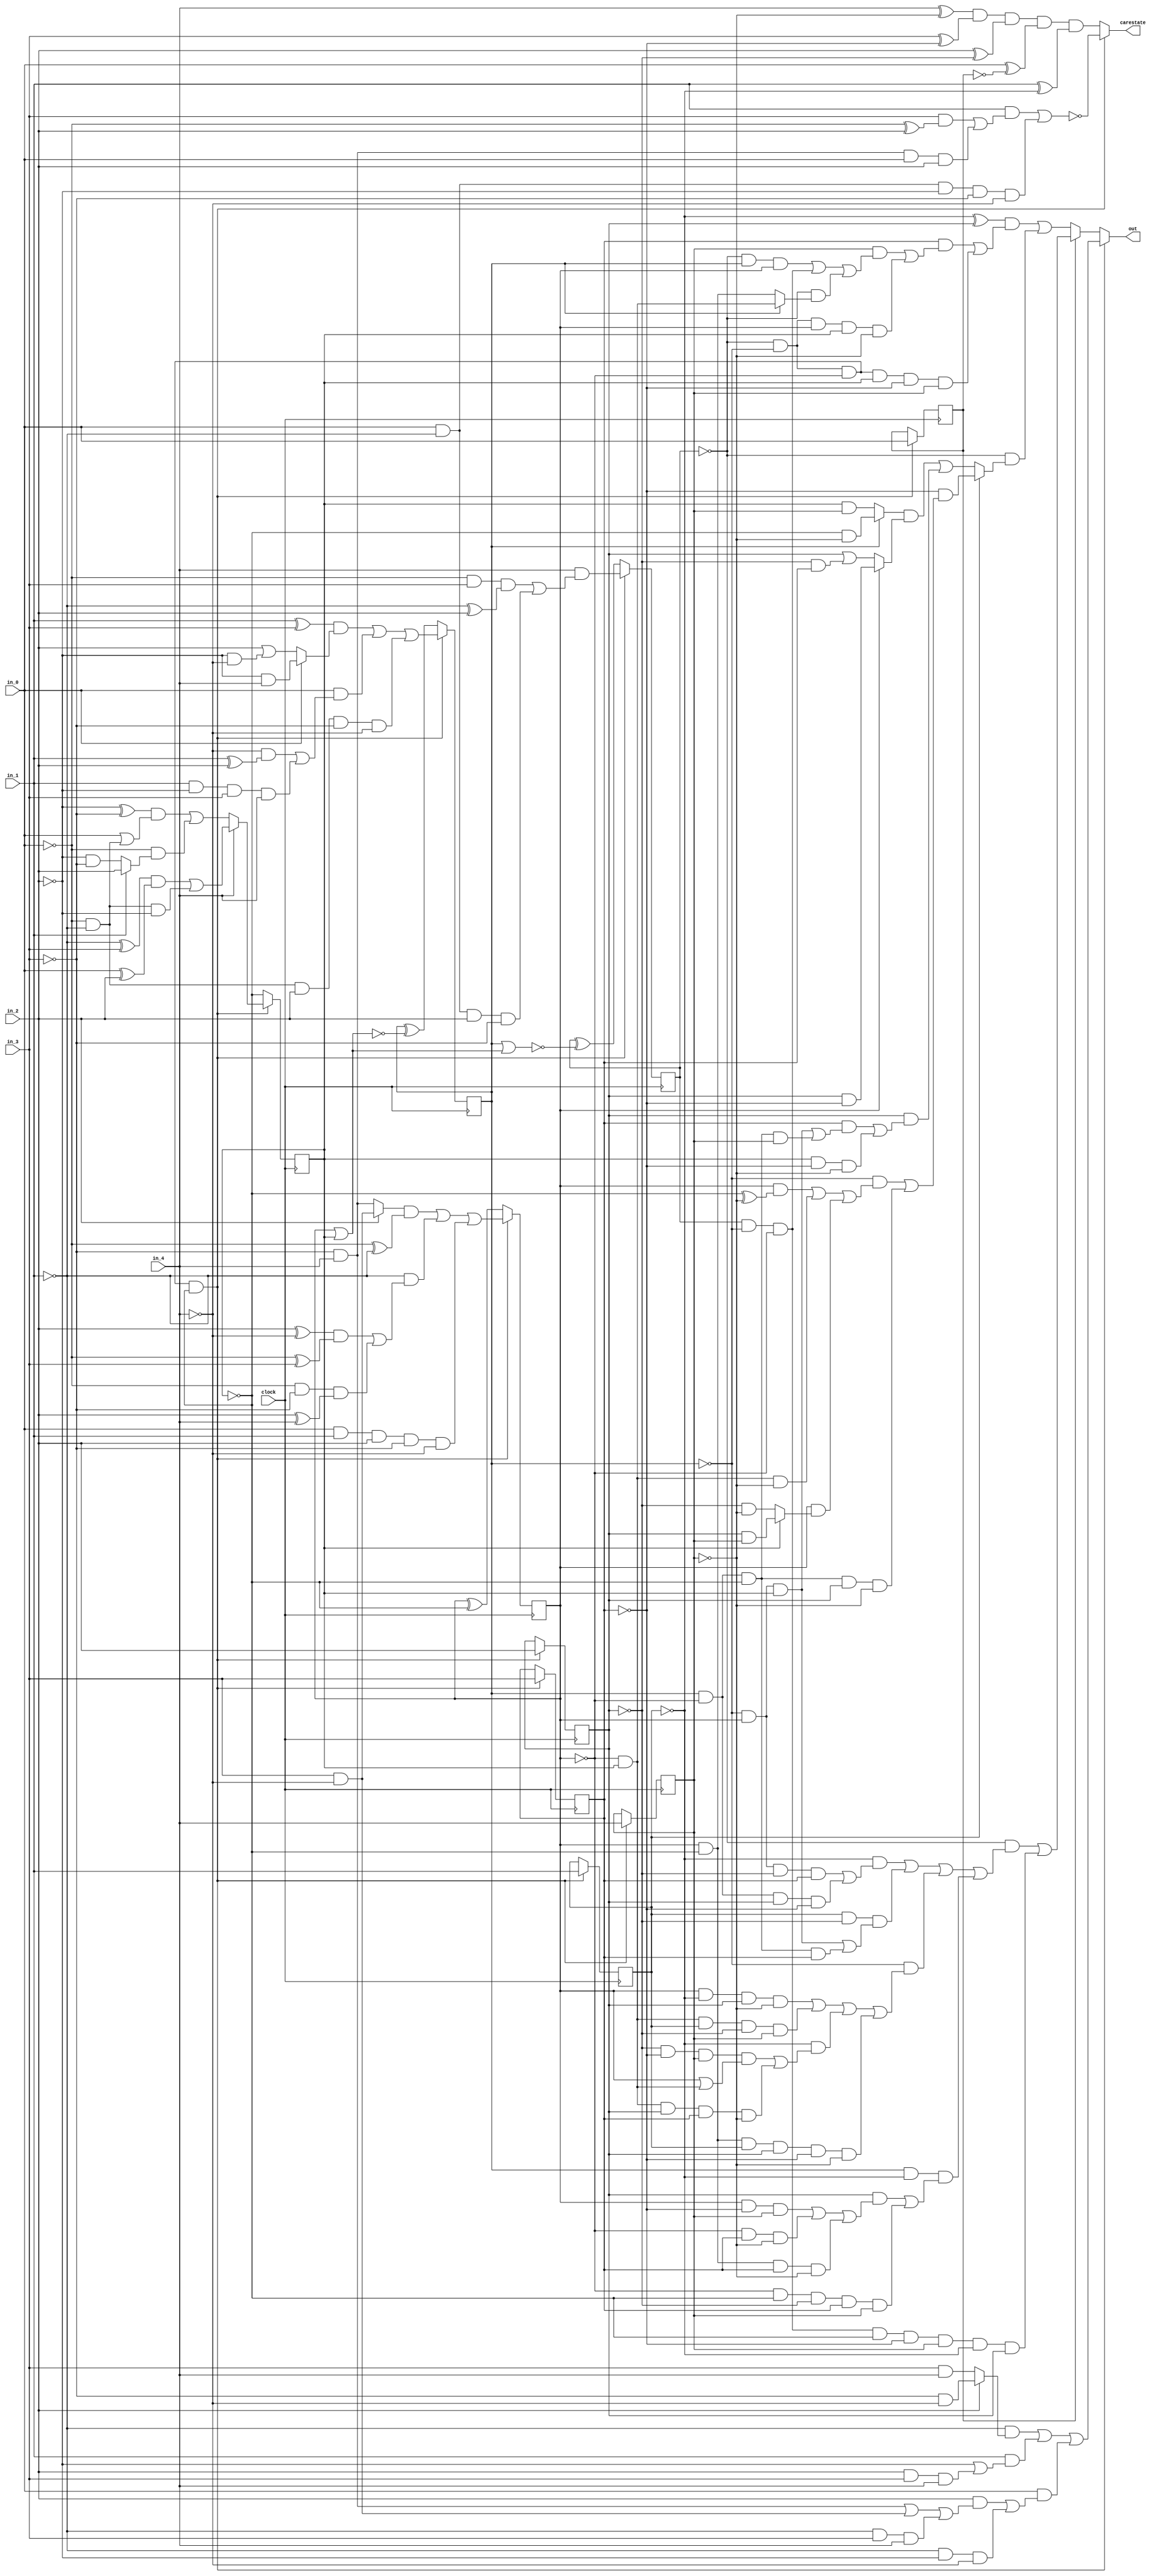
// Benchmark "Huffman_alphabet_5" written by ABC on Fri Nov 21 17:26:14 2014

module Huffman_alphabet_5 ( clock, 
    in_0 , in_1 , in_2 , in_3 , in_4 ,
    carestate, out  );
  input  clock;
  input  in_0 , in_1 , in_2 , in_3 , in_4 ;
  output carestate, out;
  reg reg_0 , reg_1 , reg_2 , reg_3 , reg_4 , counter_0 ,
    counter_1 , counter_2 , counter_3 ;
  wire n35, n41_1, n42, n43, n44, n45, n46_1, n47, n48, n49, n50, n51_1, n52,
    n57, n58, n59, n60, n61, n62, n63, n65, n66, n16, n21, n26, n31, n36,
    n41, n46, n51, n56;
  assign n35 = ~counter_0  & ~counter_1  & ~counter_2  & ~counter_3 ;
  assign n16 = n35 ? in_0  : reg_0 ;
  assign n21 = n35 ? in_1  : reg_1 ;
  assign n26 = n35 ? in_2  : reg_2 ;
  assign n31 = n35 ? in_3  : reg_3 ;
  assign n36 = n35 ? in_4  : reg_4 ;
  assign n41_1 = in_4  & ((~in_0  & in_3  & (~in_1  ^ in_2 )) | (in_0  & ~in_1  & in_2  & ~in_3 ));
  assign n42 = ((in_1  ^ in_3 ) & (in_0  ? (~in_2  & in_4 ) : (in_2  | (~in_2  & ~in_4 )))) | (in_0  & ((~in_4  & (in_1  ^ in_2 )) | (in_1  & ~in_2  & in_3  & in_4 ))) | (~in_0  & ~in_1  & in_2  & ~in_3  & ~in_4 );
  assign n43 = ((in_2  ? (in_3  & ~in_4 ) : (~in_3  & in_4 )) & (~in_0  ^ ~in_1 )) | (~in_1  & (((in_2  ^ ~in_4 ) & (~in_0  ^ in_3 )) | (~in_0  & ~in_3  & (in_2  ^ in_4 )))) | (in_0  & in_1  & in_2  & ~in_3  & ~in_4 );
  assign n44 = in_4  ? (((~in_1  ^ in_3 ) & (in_0  ^ in_2 )) | (~in_0  & ~in_1  & ~in_2 )) : (((~in_2  ^ ~in_3 ) & (in_0  | (~in_0  & ~in_1 ))) | (~in_0  & (in_1  ? in_2  : (~in_2  & ~in_3 ))));
  assign n45 = 1'b0;
  assign n46_1 = counter_3  | n45;
  assign n47 = counter_2  | n46_1;
  assign n48 = counter_1  | n47;
  assign n49 = counter_0  ^ ~n48;
  assign n50 = counter_1  ^ ~n47;
  assign n51_1 = counter_2  ^ ~n46_1;
  assign n52 = counter_3  ^ ~n45;
  assign n41 = n35 ? n41_1 : n49;
  assign n46 = n35 ? n42 : n50;
  assign n51 = n35 ? n43 : n51_1;
  assign n56 = n35 ? n44 : n52;
  assign n57 = in_0  ^ ~reg_0 ;
  assign n58 = in_1  ^ ~reg_1 ;
  assign n59 = in_2  ^ ~reg_2 ;
  assign n60 = in_3  ^ ~reg_3 ;
  assign n61 = in_4  ^ ~reg_4 ;
  assign n62 = n61 & n60 & n59 & n57 & n58;
  assign n63 = (in_1  & ((in_3  & (~in_0  ^ in_2 )) | (~in_3  & in_4  & in_0  & in_2 ))) | (in_0  & ~in_1  & ~in_2  & ~in_3  & ~in_4 );
  assign carestate = n35 ? ~n63 : n62;
  assign n65 = (~in_1  & (in_2  ? (~in_3  & ~in_4 ) : (in_3  & in_4 ))) | (in_1  & (~in_2  | (in_2  & in_3  & in_4 ))) | (in_0  & ((in_2  & ((~in_3  & in_4 ) | (in_3  & ~in_4 ) | (~in_1  & in_3  & in_4 ))) | (~in_1  & ~in_2  & ~in_4 )));
  assign n66 = reg_0  ? ((~counter_0  & ((~reg_1  & ((~counter_1  & counter_2  & ~reg_2  & reg_3 ) | (counter_1  & ~counter_2  & reg_2  & ~reg_3 ))) | (reg_1  & ~reg_2  & ((~counter_1  & counter_2  & counter_3 ) | (counter_1  & ~counter_2  & ~counter_3  & reg_3 ))) | (~counter_1  & ((counter_2  & ~reg_1  & reg_2  & ~reg_4 ) | (~counter_2  & counter_3  & reg_1  & ~reg_2  & reg_4 ) | (~reg_1  & ((~reg_2  & ~reg_3  & reg_4  & (counter_2  | (~counter_2  & counter_3 ))) | (~counter_2  & counter_3  & reg_2  & reg_3  & ~reg_4 ))) | (counter_2  & ~counter_3  & reg_1  & reg_2  & ~reg_3  & ~reg_4 ))) | (counter_1  & ~reg_1  & ((reg_2  & ((counter_2  & ~reg_3  & reg_4 ) | (~counter_2  & reg_3  & ~reg_4 ) | (counter_2  & ~counter_3  & reg_3  & ~reg_4 ))) | (~counter_2  & ~counter_3  & ~reg_2  & reg_3  & reg_4 ))))) | (counter_0  & ~counter_1  & ~counter_2  & ~counter_3  & ~reg_3  & reg_4  & ~reg_1  & reg_2 )) : (((~reg_1  ^ reg_2 ) & ((reg_3  & ((reg_4  & ((~counter_0  & counter_1  & counter_2 ) | (counter_0  & ~counter_1  & ~counter_2 ) | (~counter_0  & (counter_1  ? (~counter_2  & counter_3 ) : (counter_2  & ~counter_3 ))))) | (~counter_0  & ~counter_1  & counter_2  & counter_3  & ~reg_4 ))) | (~counter_0  & ~counter_1  & ~counter_2  & counter_3  & ~reg_3  & reg_4 ))) | (~counter_0  & (reg_1  ? (~reg_3  & ((~counter_1  & ((counter_2  & (~counter_3  ^ ~reg_4 )) | (~counter_2  & counter_3  & ~reg_4 ) | (counter_2  & (counter_3  ? (reg_2  & reg_4 ) : (~reg_2  & ~reg_4 ))))) | (counter_1  & ~counter_2  & ~counter_3  & reg_2  & ~reg_4 ))) : (((counter_1  ? (~counter_3  & ~reg_4 ) : (counter_3  & reg_4 )) & (counter_2  ? (reg_2  & ~reg_3 ) : (reg_2  | (~reg_2  & reg_3 )))) | (reg_2  & ((reg_3  & ((~counter_1  & counter_2  & counter_3 ) | (counter_1  & ~counter_2  & ~counter_3  & reg_4 ))) | (counter_3  & ~reg_3  & ~reg_4 )))))));
  assign out = n35 ? n65 : n66;
  always @ (posedge clock) begin
    reg_0  <= n16;
    reg_1  <= n21;
    reg_2  <= n26;
    reg_3  <= n31;
    reg_4  <= n36;
    counter_0  <= n41;
    counter_1  <= n46;
    counter_2  <= n51;
    counter_3  <= n56;
  end
  initial begin
    reg_0  <= 1'b0;
    reg_1  <= 1'b0;
    reg_2  <= 1'b0;
    reg_3  <= 1'b0;
    reg_4  <= 1'b0;
    counter_0  <= 1'b0;
    counter_1  <= 1'b0;
    counter_2  <= 1'b0;
    counter_3  <= 1'b0;
  end
endmodule